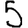
Digit: 5